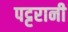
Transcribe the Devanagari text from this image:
पट्टरानी